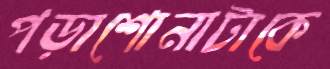
পড়াশোনাটাকে